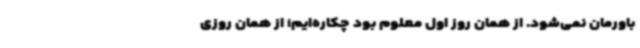
باورمان نمی‌شود. از همان روز اول معلوم بود چکاره‌ایم؛ از همان روزی